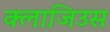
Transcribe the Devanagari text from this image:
क्लाजिउस